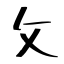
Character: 攵